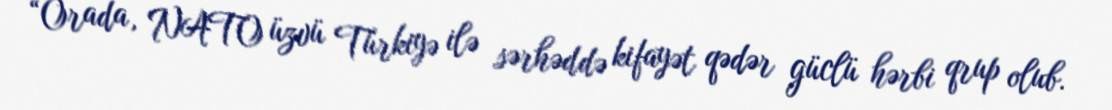
“Orada, NATO üzvü Türkiyə ilə sərhəddə kifayət qədər güclü hərbi qrup olub.